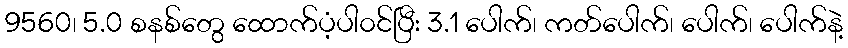
9560၊ 5.0 စနစ်တွေ ထောက်ပံ့ပါ၀င်ပြီး 3.1 ပေါက်၊ ကတ်ပေါက်၊ ပေါက်၊ ပေါက်နဲ့